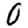
Digit: 0